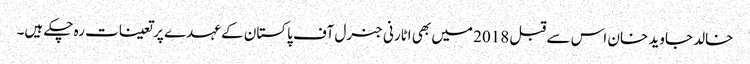
خالد جاوید خان اس سے قبل 2018 میں بھی اٹارنی جنرل آف پاکستان کے عہدے پر تعینات رہ چکے ہیں۔